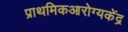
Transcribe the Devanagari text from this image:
प्राथमिकआरोग्यकेंद्र